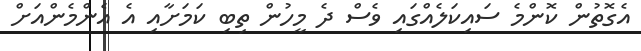
އެގޮތުން ކޮންމެ ސައިކަލެއްގައި ވެސް ދެ މީހުން ތިބި ކަމަށާއި އެ އެންމެންއަށް